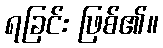
ရခြင်း ဖြစ်၏။